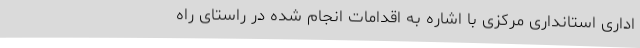
اداری استانداری مرکزی با اشاره به اقدامات انجام شده در راستای راه